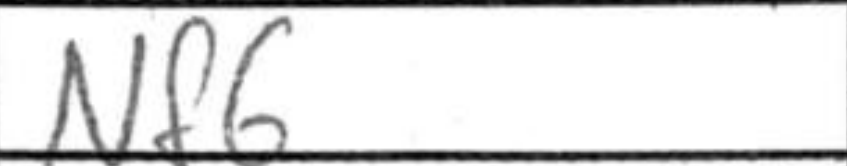
Transcription: Nf6